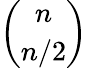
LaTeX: \binom{n}{n/2}